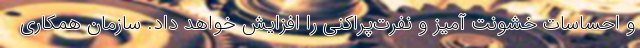
و احساسات خشونت ‌آمیز و نفرت‌پراکنی را افزایش خواهد داد. سازمان همکاری